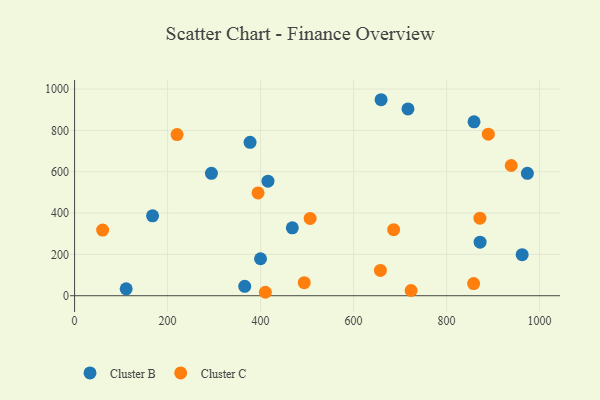
{"axis": {"x": "Price", "y": "Yield"}, "legend": ["Cluster B", "Cluster C"], "data": [{"x": "377.4", "y": 742.3, "type": "Cluster B"}, {"x": "167.7", "y": 386.6, "type": "Cluster B"}, {"x": "294.3", "y": 592.3, "type": "Cluster B"}, {"x": "468.3", "y": 328.6, "type": "Cluster B"}, {"x": "399.9", "y": 178.9, "type": "Cluster B"}, {"x": "872.1", "y": 258.9, "type": "Cluster B"}, {"x": "859.1", "y": 841.4, "type": "Cluster B"}, {"x": "110.9", "y": 33.5, "type": "Cluster B"}, {"x": "659.2", "y": 948.4, "type": "Cluster B"}, {"x": "962.6", "y": 198.4, "type": "Cluster B"}, {"x": "973.8", "y": 592.5, "type": "Cluster B"}, {"x": "717.0", "y": 904.1, "type": "Cluster B"}, {"x": "415.9", "y": 554.3, "type": "Cluster B"}, {"x": "365.9", "y": 45.3, "type": "Cluster B"}, {"x": "493.9", "y": 63.1, "type": "Cluster C"}, {"x": "723.7", "y": 25.4, "type": "Cluster C"}, {"x": "410.3", "y": 16.7, "type": "Cluster C"}, {"x": "686.2", "y": 319.4, "type": "Cluster C"}, {"x": "858.2", "y": 58.6, "type": "Cluster C"}, {"x": "889.8", "y": 781.7, "type": "Cluster C"}, {"x": "871.7", "y": 375.1, "type": "Cluster C"}, {"x": "394.6", "y": 497.4, "type": "Cluster C"}, {"x": "657.7", "y": 122.2, "type": "Cluster C"}, {"x": "939.1", "y": 630.2, "type": "Cluster C"}, {"x": "220.4", "y": 780.0, "type": "Cluster C"}, {"x": "60.3", "y": 317.7, "type": "Cluster C"}, {"x": "506.6", "y": 374.1, "type": "Cluster C"}]}